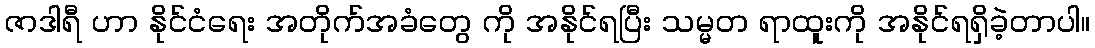
ဇာဒါရီ ဟာ နိုင်ငံရေး အတိုက်အခံတွေ ကို အနိုင်ရပြီး သမ္မတ ရာထူးကို အနိုင်ရရှိခဲ့တာပါ။